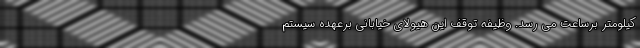
کیلومتر برساعت می رسد. وظیفه توقف این هیولای خیابانی برعهده سیستم